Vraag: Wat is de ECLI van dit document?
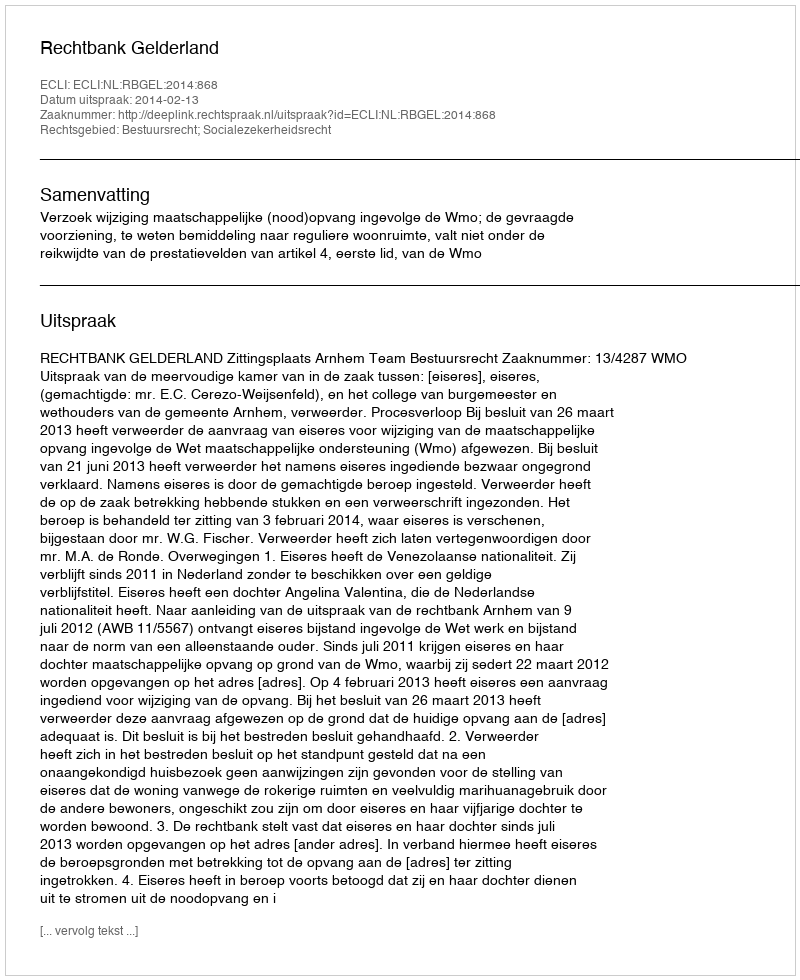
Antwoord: ECLI:NL:RBGEL:2014:868